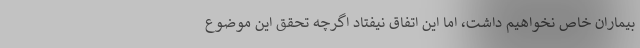
بیماران خاص نخواهیم داشت، اما این اتفاق نیفتاد اگرچه تحقق این موضوع